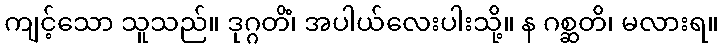
ကျင့်သော သူသည်။ ဒုဂ္ဂတိံ၊ အပါယ်လေးပါးသို့။ န ဂစ္ဆတိ၊ မလားရ။